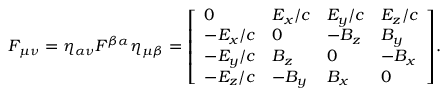
F _ { \mu \nu } = \eta _ { \alpha \nu } F ^ { \beta \alpha } \eta _ { \mu \beta } = { \left[ \begin{array} { l l l l } { 0 } & { E _ { x } / c } & { E _ { y } / c } & { E _ { z } / c } \\ { - E _ { x } / c } & { 0 } & { - B _ { z } } & { B _ { y } } \\ { - E _ { y } / c } & { B _ { z } } & { 0 } & { - B _ { x } } \\ { - E _ { z } / c } & { - B _ { y } } & { B _ { x } } & { 0 } \end{array} \right] } .